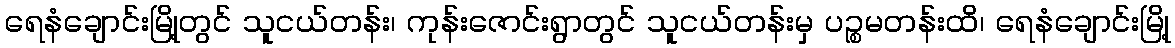
ရေနံချောင်းမြို့တွင် သူငယ်တန်း၊ ကုန်းဇောင်းရွာတွင် သူငယ်တန်းမှ ပဉ္စမတန်းထိ၊ ရေနံချောင်းမြို့